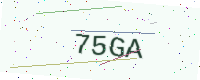
Text: 75GA